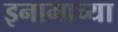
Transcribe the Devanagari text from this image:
इनामाच्या